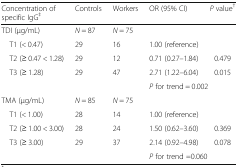
<table><thead><tr><td><b>Concentration of specific IgG<sup>‡</sup></b></td><td><b>Controls</b></td><td><b>Workers</b></td><td><b>OR (95% CI)</b></td><td><b><i>P</i> value<sup>†</sup></b></td></tr></thead><tbody><tr><td>TDI (μg/mL)</td><td><i>N</i> = 87</td><td><i>N</i> = 75</td><td></td><td></td></tr><tr><td> T1 (&lt; 0.47)</td><td>29</td><td>16</td><td>1.00 (reference)</td><td></td></tr><tr><td> T2 (≥ 0.47 &lt; 1.28)</td><td>29</td><td>12</td><td>0.71 (0.27–1.84)</td><td>0.479</td></tr><tr><td> T3 (≥ 1.28)</td><td>29</td><td>47</td><td>2.71 (1.22–6.04)</td><td>0.015</td></tr><tr><td colspan="3"></td><td colspan="2"><i>P</i> for trend = 0.002</td></tr><tr><td>TMA (μg/mL)</td><td><i>N</i> = 85</td><td><i>N</i> = 75</td><td></td><td></td></tr><tr><td> T1 (&lt; 1.00)</td><td>28</td><td>14</td><td>1.00 (reference)</td><td></td></tr><tr><td> T2 (≥ 1.00 &lt; 3.00)</td><td>28</td><td>24</td><td>1.50 (0.62–3.60)</td><td>0.369</td></tr><tr><td> T3 (≥ 3.00)</td><td>29</td><td>37</td><td>2.14 (0.92–4.98)</td><td>0.078</td></tr><tr><td></td><td></td><td></td><td colspan="2"><i>P</i> for trend =0.060</td></tr></tbody></table>